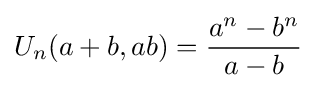
U_{n}(a+b,ab)={\frac {a^{n}-b^{n}}{a-b}}